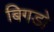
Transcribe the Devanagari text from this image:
बिगडो